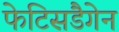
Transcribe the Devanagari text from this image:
फेटिसडैगेन